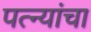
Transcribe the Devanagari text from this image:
पत्‍न्यांचा